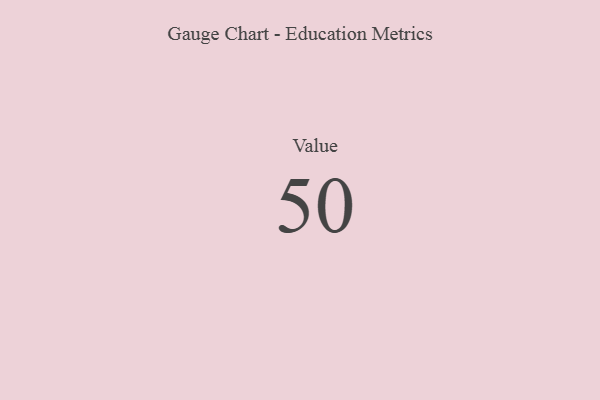
{"axis": {"x": "Metric", "y": "Value"}, "legend": [""], "data": [{"x": "Value", "y": 50, "type": ""}]}